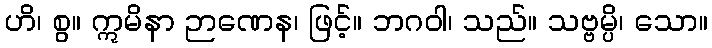
ဟိ၊ စွ။ ဣမိနာ ဉာဏေန၊ ဖြင့်။ ဘဂဝါ၊ သည်။ သဗ္ဗမ္ပိ၊ သော။